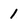
Character: 1